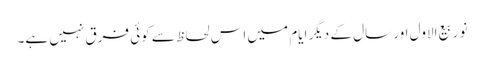
نو ربیع الاول اور سال کے دیگر ایام میں اس لحاظ سے کوئی فرق نہیں ہے۔